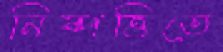
নিষ্পত্তিতে